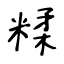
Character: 糅